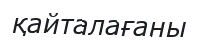
қайталағаны